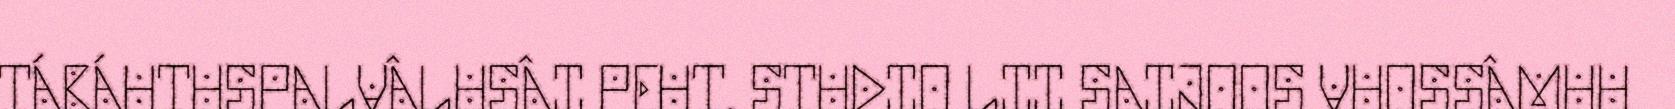
TÁBÁHTUSPALVÂLUSÂI PEHT. STUDIO LII SAIJOOS VUOSSÂMUU